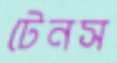
টেনস